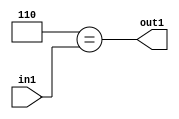
`timescale 1ps / 1ps
/*****************************************************************************
    Verilog RTL Description
    
    
    Created by: Stratus DpOpt 2019.1.01 
*******************************************************************************/

module feature_write_addr_gen_Eqi6u3_4_3 (
	in1,
	out1
	); /* architecture "behavioural" */ 
input [2:0] in1;
output  out1;
wire  asc001;

assign asc001 = (8'B00000110==in1);

assign out1 = asc001;
endmodule

/* CADENCE  urj0Sww= : u9/ySgnWtBlWxVPRXgAZ4Og= ** DO NOT EDIT THIS LINE ******/